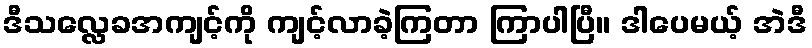
ဒီသလ္လေခအကျင့်ကို ကျင့်လာခဲ့ကြတာ ကြာပါပြီ။ ဒါပေမယ့် အဲဒီ